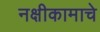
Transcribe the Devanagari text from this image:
नक्षीकामाचे